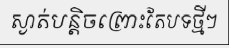
ស្ងាត់បន្តិចព្រោះតែបទថ្មីៗ